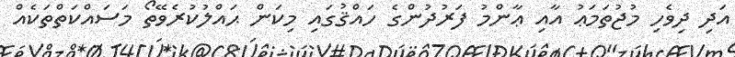
އަދި ދިވެހި މުޖުތަމަޢު އާއި ޢާންމު ފަރުދުންގެ ހައްޤުގައި މިކަން ޙައްލުކުރެވޭތޯ މަސައްކަތްތަކެއް